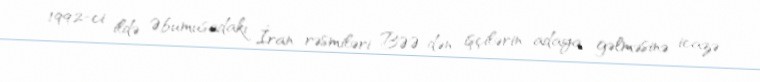
1992-ci ildə Əbumusadakı İran rəsmiləri BƏƏ-dən işçilərin adaya gəlməsinə icazə